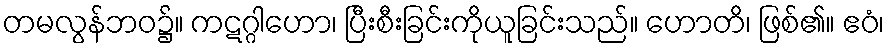
တမလွန်ဘဝ၌။ ကဋဂ္ဂါဟော၊ ပြီးစီးခြင်းကိုယူခြင်းသည်။ ဟောတိ၊ ဖြစ်၏။ ဧဝံ၊